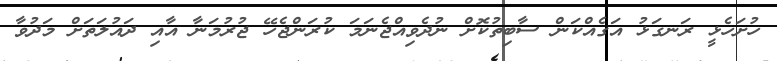
ހުށަހެޅީ ރަނގަޅު އަގެއްކަން ސާބިތުކޮށް ނުދެވިއްޖެނަމަ ކުރަންޖެހޭ ޖުރުމަނާ އާއި ދައުލަތަށް މަދުވާ